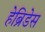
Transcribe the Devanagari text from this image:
हेब्रिडेस